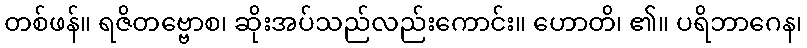
တစ်ဖန်။ ရဇိတဗ္ဗောစ၊ ဆိုးအပ်သည်လည်းကောင်း။ ဟောတိ၊ ၏။ ပရိဘာဂေန၊